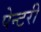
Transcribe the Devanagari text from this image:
पेन्टरी